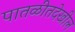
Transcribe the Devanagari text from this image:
पातळीतदेखील